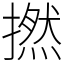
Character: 撚